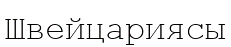
Швейцариясы